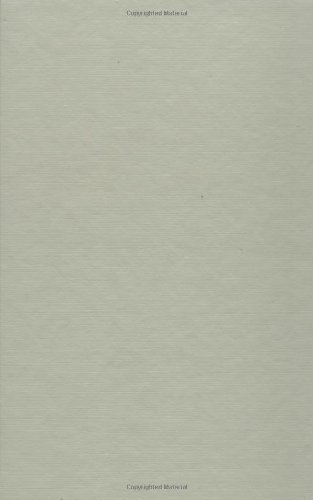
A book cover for Textbook of Polymer Science; Fred W. Billmeyer Jr.; Science & Math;